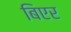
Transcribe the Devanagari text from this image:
बिएर